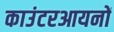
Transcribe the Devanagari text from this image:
काउंटरआयनों